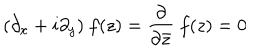
( \partial _ { x } + i \partial _ { y } ) ~ f ( z ) = \frac { \partial } { \partial \bar { z } } ~ f ( z ) = 0